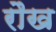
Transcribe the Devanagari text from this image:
रौख